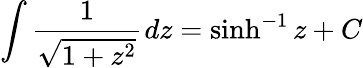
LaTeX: \int\frac{1}{\sqrt{1+z^{2}}}~\! dz=\sinh^{-1}z+C